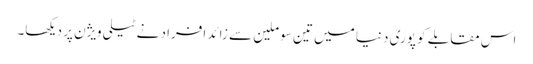
اس مقابلے کو پوری دنیا میں تین سو ملین سے زائد افراد نے ٹیلی ویژن پر دیکھا۔